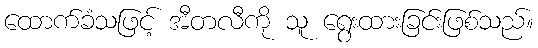
ထောက်ခံသဖြင့် အီတလီကို သူ ရွေးထားခြင်းဖြစ်သည်။